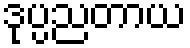
ဒုပ္ပညတာယ